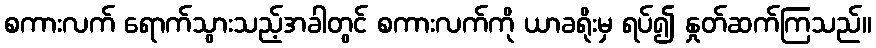
စကားလက် ရောက်သွားသည့်အခါတွင် စကားလက်ကို ယာခရိုးမှ ရပ်၍ နှုတ်ဆက်ကြသည်။